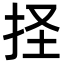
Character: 𢫞